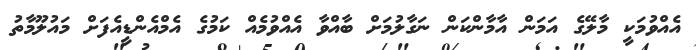
އެއްވުމަކީ މާލޭގެ އަމަން އާމާންކަން ނަގާލުމަށް ބާއްވާ އެއްވުމެއް ކަމުގެ އެމްއެންޑީއެފަށް މައުލޫމާތު